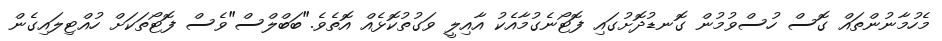
މެހުމާނުންތައް ގޮސް ހުސްވުމުން ގޮނޑުދޮށުގައި ފޮޓޯނެގުމާއެކު އާއިލީ ވަގުތުކޮޅެއް އޮތެވެ."ބަބްލްސް"ވެސް ފޮޓޯތަކަށް ހުއްޓިލައިގެން